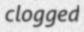
clogged